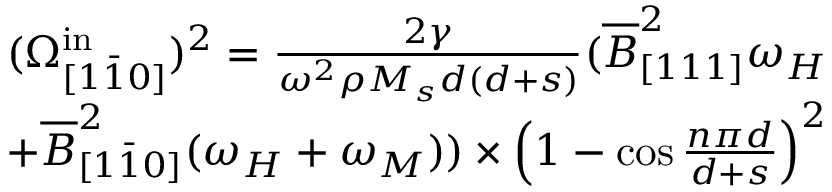
\begin{array} { r } { ( \Omega _ { [ 1 \bar { 1 } 0 ] } ^ { \mathrm { i n } } ) ^ { 2 } = \frac { 2 \gamma } { \omega ^ { 2 } \rho M _ { s } d ( d + s ) } ( \overline { { B } } _ { [ 1 1 1 ] } ^ { 2 } \omega _ { H } } \\ { + \overline { { B } } _ { [ 1 \bar { 1 } 0 ] } ^ { 2 } ( \omega _ { H } + \omega _ { M } ) ) \times \Big ( 1 - \cos { \frac { n \pi d } { d + s } } \Big ) ^ { 2 } } \end{array}